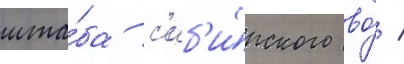
шта́ба с'иб'и́рского во́ /